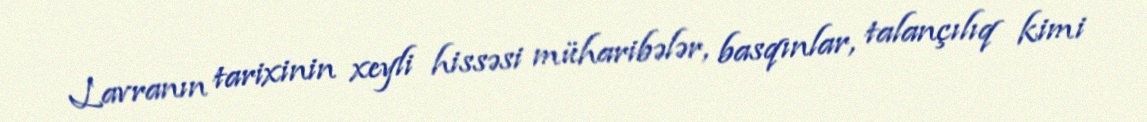
Lavranın tarixinin xeyli hissəsi müharibələr, basqınlar, talançılıq kimi